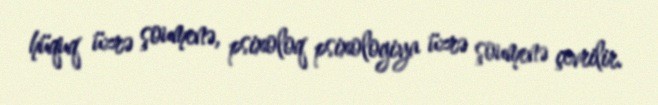
hüquq üzrə şoumenə, psixoloq psixologiya üzrə şoumenə çevrilir.